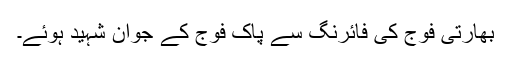
بھارتی فوج کی فائرنگ سے پاک فوج کے جوان شہید ہوئے۔